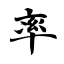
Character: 率